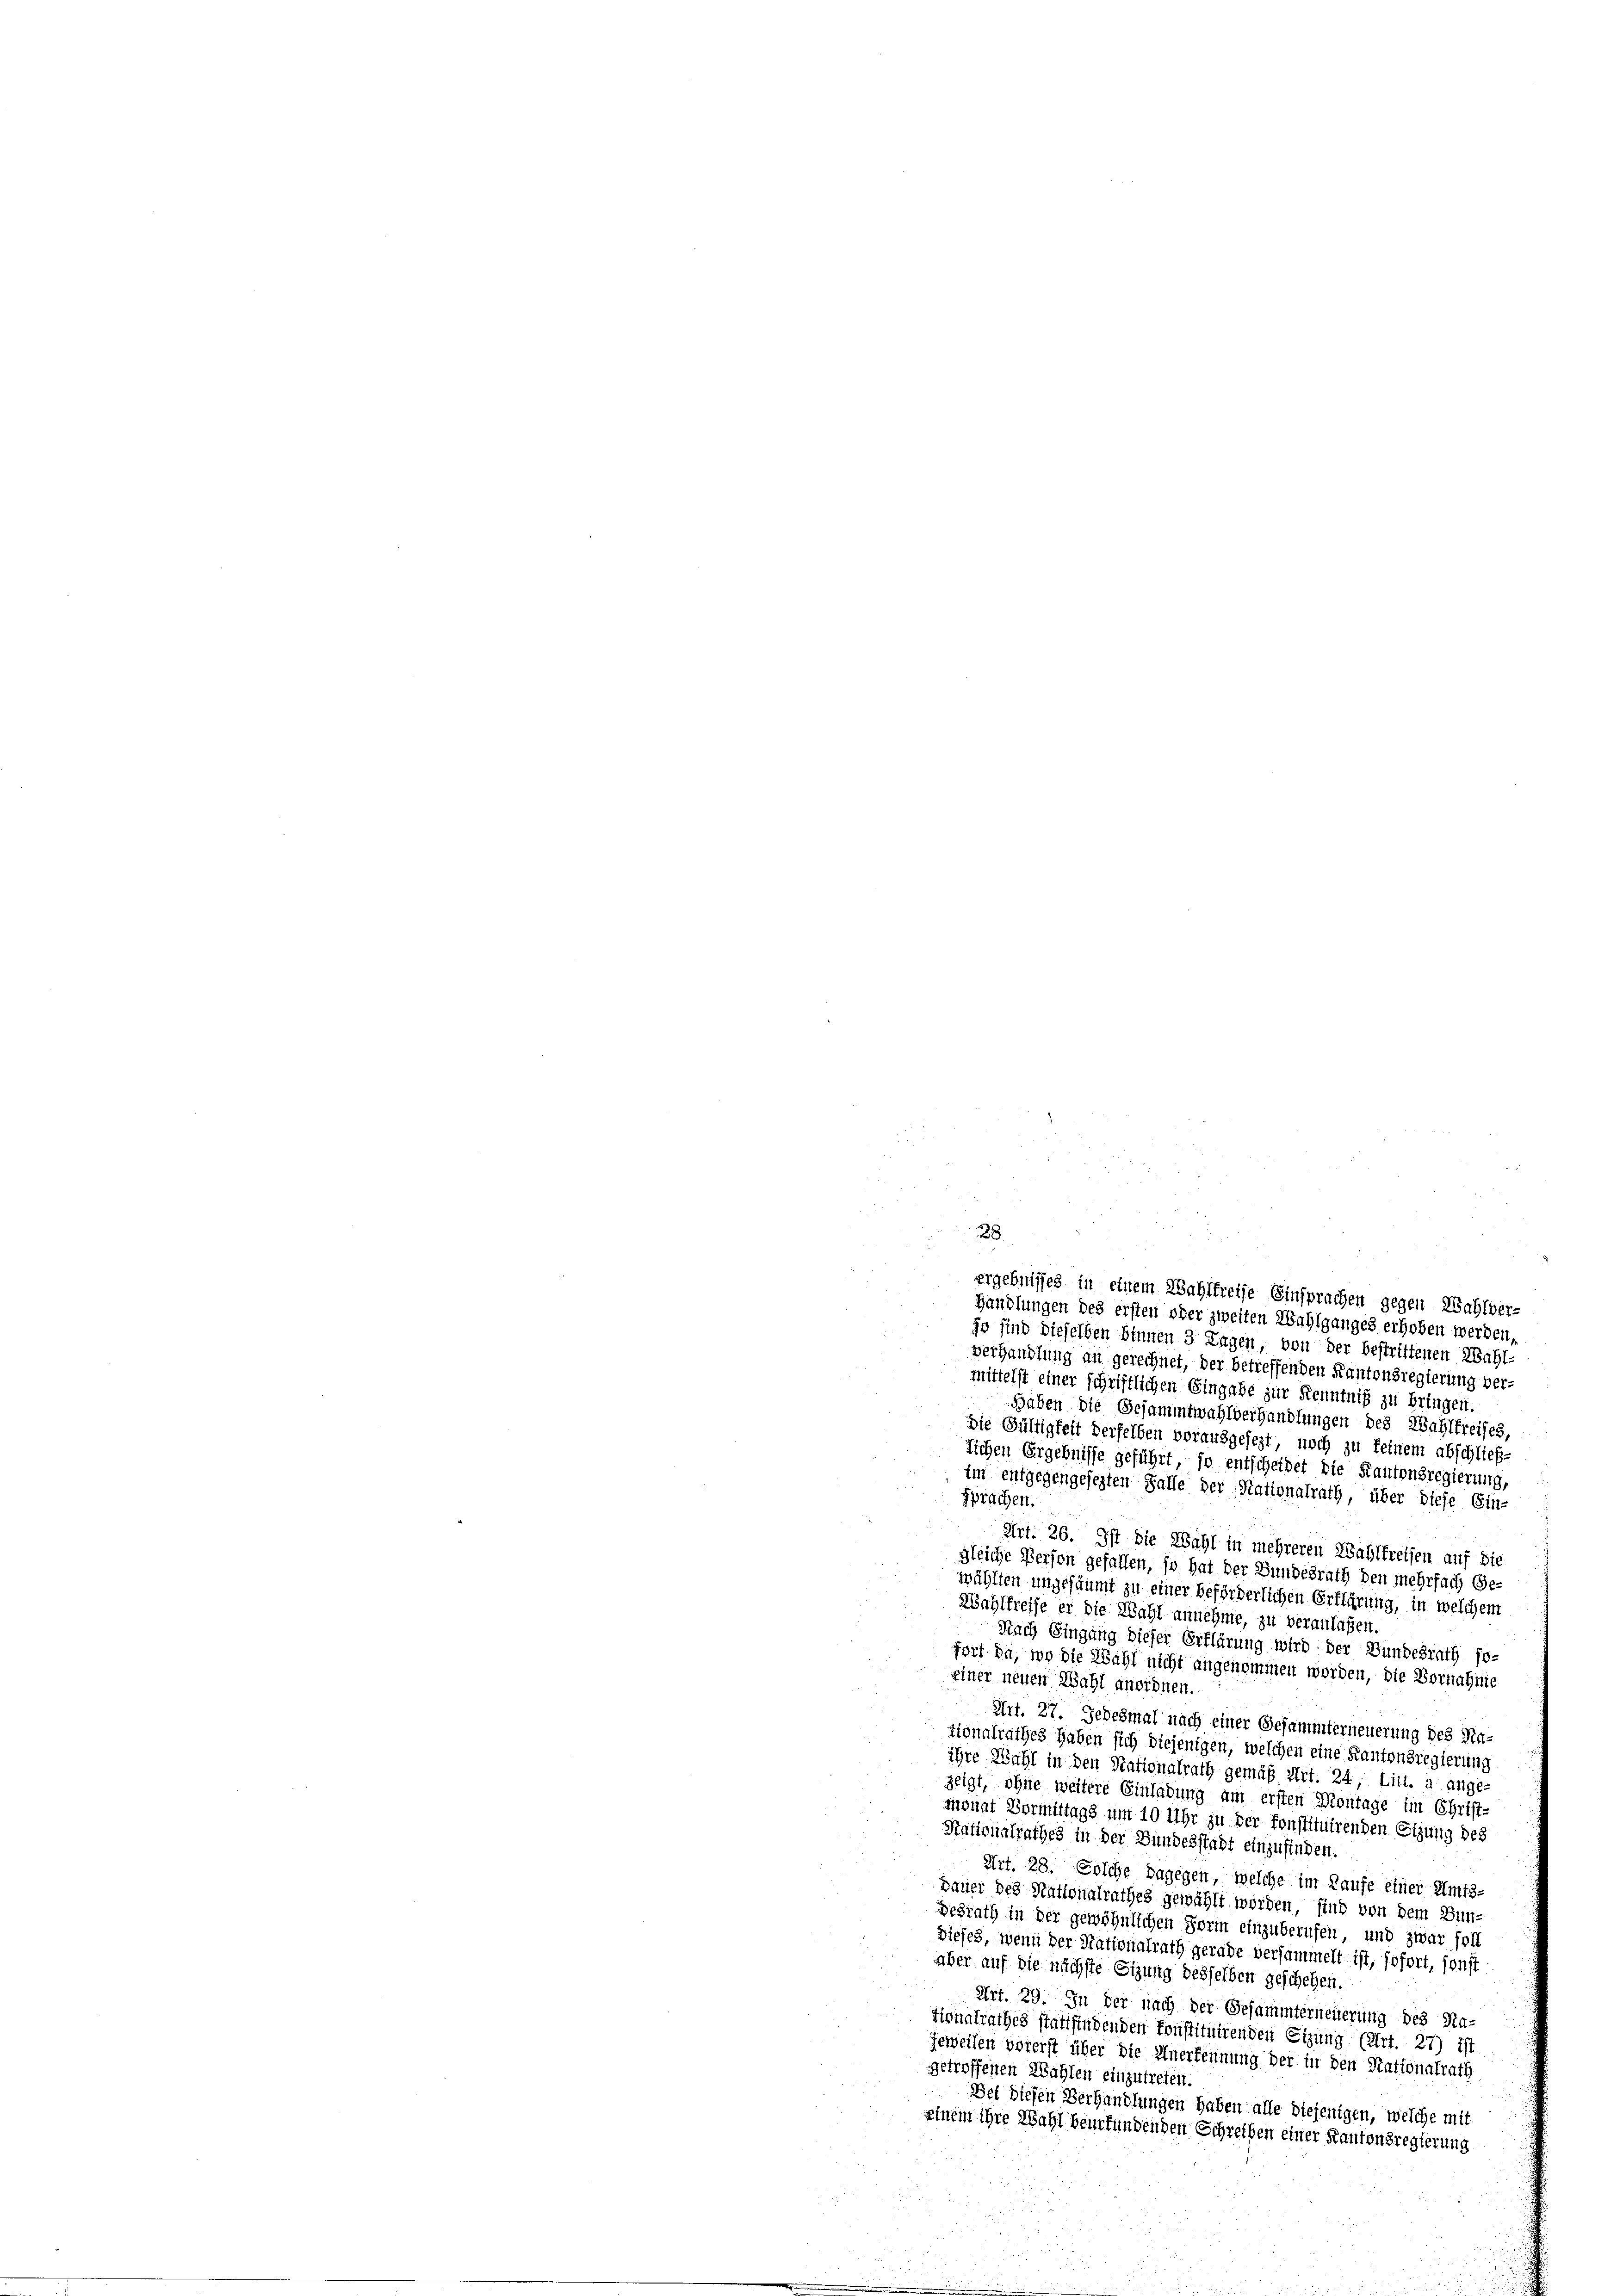
28

ergebnisses in einem Wahlkreise Einsprachen gegen Wahlver-
Handlungen des ersten oder zweiten Wahlganges erhoben werden,
jo sind dieselben binnen 3 Tagen, von der bestrittenen Wahl-
Verhandlung an gerechnet, der betreffenden Kantonsregierung vermittelst einer schriftlichen Eingabe zur Kenntniß zu bringen.
Haben die Gesammtwahlverhandlungen des Wahlkreises,
die Gültigkeit derselben vorausgesezt, noch zu feinem abschließ¬
Iichen Ergebnisse geführt, so entscheidet die Kantonsregierung,
im entgegengesezten Falle der Nationalrath, über diese Ein-
Sprachen.
Art. 26. Ist die Wahl in mehreren Wahlkreisen auf die
gleiche Person gefallen, so hat der Bundesrath den mehrfach Ge-
wählten ungesäumt zu einer beförderlichen Erklärung, in welchem
Wahlkreise er die Wahl annehme, zu veranlaßen.
Nach Eingang dieser Erklärung wird der Bundesrath fofort da, wo die Wahl nicht angenommen worden, die Vornahme
einer neuen Wahl anordnen.
Art. 27. Jedesmal nach einer Gesammterneuerung des Na-
tionalrathes haben sich diejenigen, welchen eine Kantonsregierung
ihre Wahl in den Stationalrath gemäß Art. 24, Litt. a ange-
zeigt, ohne weitere Einladung am ersten Montage im Christ-
monat Vormittags um 10 Uhr zu der konstituirenden Sitzung des
Stationalrathes in der Bundesstadt einzufinden.
Art. 28. Solche dagegen, welche im Laufe einer Amts-
gauer des Stationalrathes gewählt worden, sind von dem Bun-
desrath in der gewöhnlichen Sorin einzuberufen, und zwar foll
Dieses, wenn der Stationalrath gerade versammelt ist, sofort, sonst
aber auf die nächste Sitzung desselben geschehen.
Art. 29. In der nach der Gesammterneuerung des Ka-
tionalrathes stattfindenden konstituirenden Sizung (Art. 27) ist
Jeweilen vorerst über die Anerkennung der in den Stationalrath
getroffenen Wahlen einzutreten.
Del diesen Verhandlungen haben alle diejenigen, welche mit
seinem ihre Wahl beurfundenden Schreiben einer Kantonsregierung